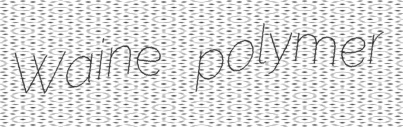
Waine polymer